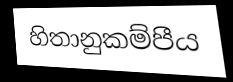
හිතානුකම්පීය